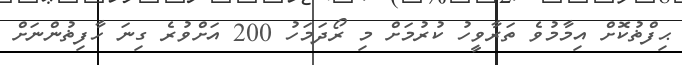
ޙިފްޡުކޮށް އިމާމުވެ ތަރާވީހު ކުރުމަށް މި ރޯދަމަހު 200 އަށްވުރެ ގިނަ ހާފިޡުންނަށް